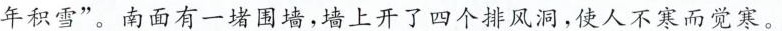
年积雪”。南面有一堵围墙，墙上开了四个排风洞，使人不寒而觉寒。